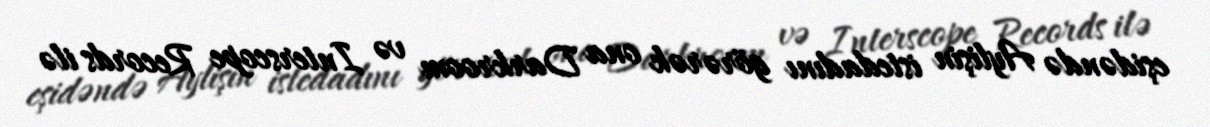
eşidəndə Aylişin istedadını görərək ona Darkroom və Interscope Records ilə